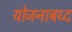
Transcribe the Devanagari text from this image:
योजनाबध्द